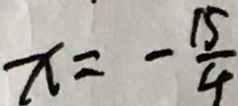
x = - \frac { 1 5 } { 4 }